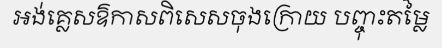
អង់គ្លេសឱកាសពិសេសចុងក្រោយ បញ្ចុះតម្លៃ